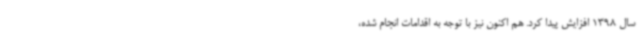
سال 1398 افزایش پیدا کرد. هم اکنون نیز با توجه به اقدامات انجام شده،